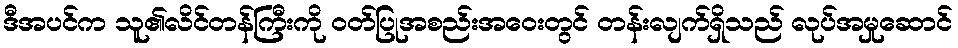
ဒီအပင်က သူ၏လိင်တန်ကြီးကို ဝတ်ပြုအစည်းအဝေးတွင် တန်းလျက်ရှိသည် လုပ်အမှုဆောင်